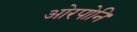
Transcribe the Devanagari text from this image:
ओरपोनि